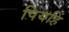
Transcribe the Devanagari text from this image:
पियहिं